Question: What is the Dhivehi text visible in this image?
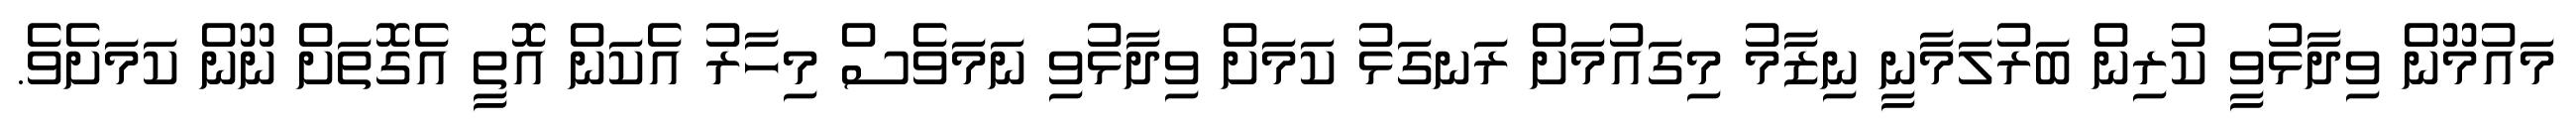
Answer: މައުމޫން ވިދާޅުވީ ކުރިން ބަރުލަމާނީ ނިޒާމު މިގައުމަށް ރަނގަޅު ކަމަށް ވިދާޅުވި ނަމަވެސް މިހާރު އެކަން އޮތީ އެގޮތަށް ނޫން ކަމަށެވެ.